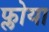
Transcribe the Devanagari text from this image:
फ्लोया